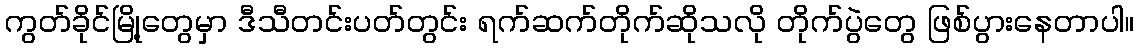
ကွတ်ခိုင်မြို့တွေမှာ ဒီသီတင်းပတ်တွင်း ရက်ဆက်တိုက်ဆိုသလို တိုက်ပွဲတွေ ဖြစ်ပွားနေတာပါ။